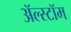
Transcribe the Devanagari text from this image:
ॲल्स्टॉम